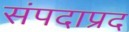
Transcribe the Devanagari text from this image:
संपदाप्रद